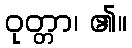
ဝုတ္တာ၊ ၏။